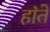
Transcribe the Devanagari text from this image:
हा॓ते